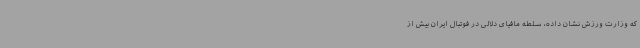
که وزارت ورزش نشان داده، سلطه مافیای دلالی در فوتبال ایران بیش از